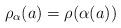
LaTeX: \begin{align*}\rho_{\alpha}(a)= \rho(\alpha(a))\end{align*}